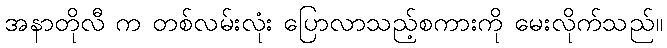
အနာတိုလီ က တစ်လမ်းလုံး ပြောလာသည့်စကားကို မေးလိုက်သည်။